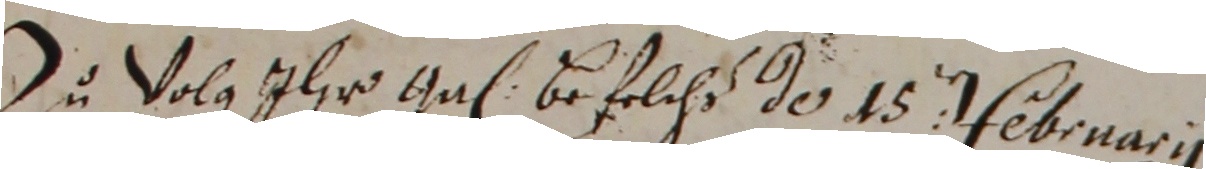
Du Volg tler Gal befelchs do 45 februarii